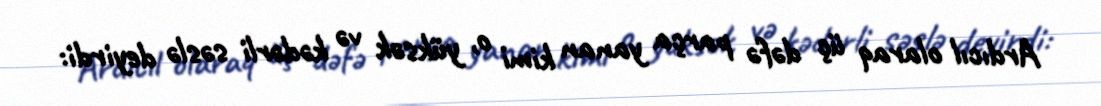
Ardıcıl olaraq üç dəfə parça yanan kimi o, yüksək və kədərli səslə deyirdi: